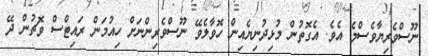
ނޫސްވެރިޔާވެސްމެ އެވެ. އެގޮތުން މުޅިދުނިޔެއިން ހޮވާލެވޭ ނޫސްވެރިންނަށް ހިއުމަން ރައިޓްސް ވޮޗުން ދޭ